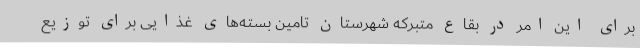
برای این امر در بقاع متبرکه شهرستان تامین بسته‌های غذایی برای توزیع